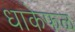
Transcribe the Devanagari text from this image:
धाकेफळ